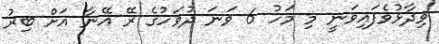
ވިދާޅުވެފައިވަނީ މި މަހު 6 ވަނަ ދުވަހުގެ ރޭ އޭނާ އަށް ބިރު